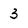
Character: 3